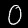
Digit: 0